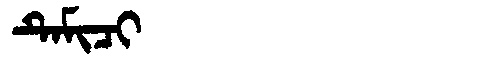
Manchu: ᡨᡝᠮᡳᠴᡳ
Romanization: TEMICI